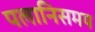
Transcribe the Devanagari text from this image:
पलानिसमय